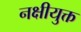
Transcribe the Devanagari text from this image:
नक्षीयुक्त